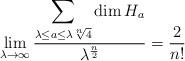
LaTeX: \begin{align*}\lim_{\lambda \rightarrow\infty}{\frac {\displaystyle\sum_{\lambda\leq a\leq \lambda\sqrt[n]{4}}\dim H_a}{\lambda^{\frac n2}}}& = {\frac 2{n!}}\end{align*}